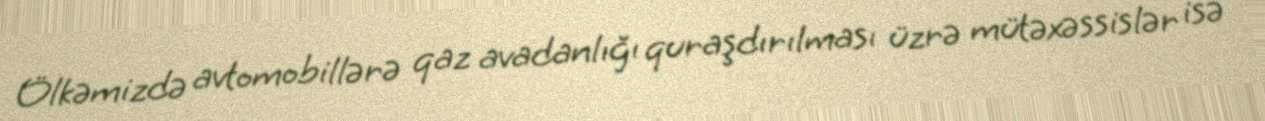
Ölkəmizdə avtomobillərə qaz avadanlığı quraşdırılması üzrə mütəxəssislər isə